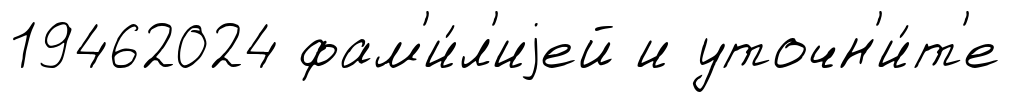
19462024 фам'и́л'иjей и уточн'и́т'е